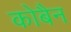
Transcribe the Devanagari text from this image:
कोबैन